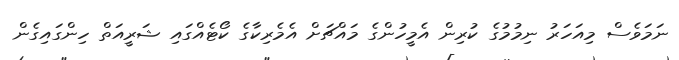
ނަމަވެސް މިއަހަރު ނިމުމުގެ ކުރިން އެމީހުންގެ މައްޗަށް އެމެރިކާގެ ކޯޓެއްގައި ޝަރީއަތް ހިންގައިގެން